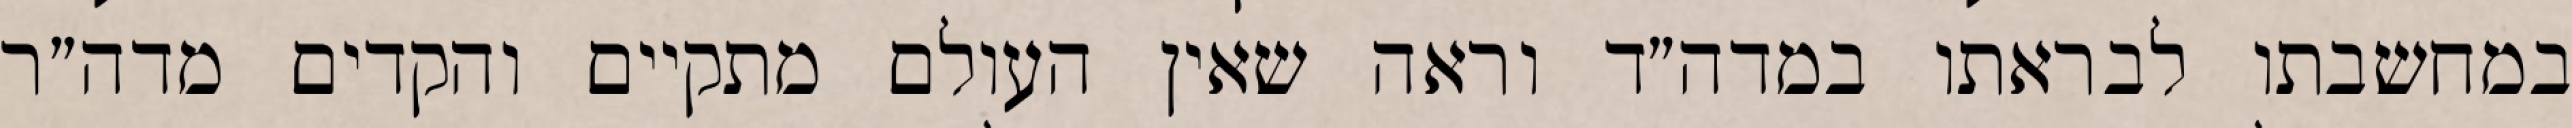
במחשבתו לבראתו במדה״ד וראה שאין העולם מתקיים והקדים מדה״ר